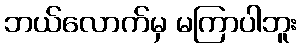
ဘယ်လောက်မှ မကြာပါဘူး